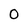
Character: 0